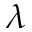
\lambda